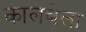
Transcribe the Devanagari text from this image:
कालबेला